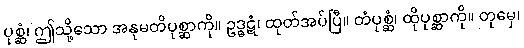
ပုစ္ဆံ၊ ဤသို့သော အနုမတိပုစ္ဆာကို။ ဥဒ္ဓဋံ၊ ထုတ်အပ်ပြီ။ တံပုစ္ဆံ၊ ထိုပုစ္ဆာကို။ တုမှေ၊